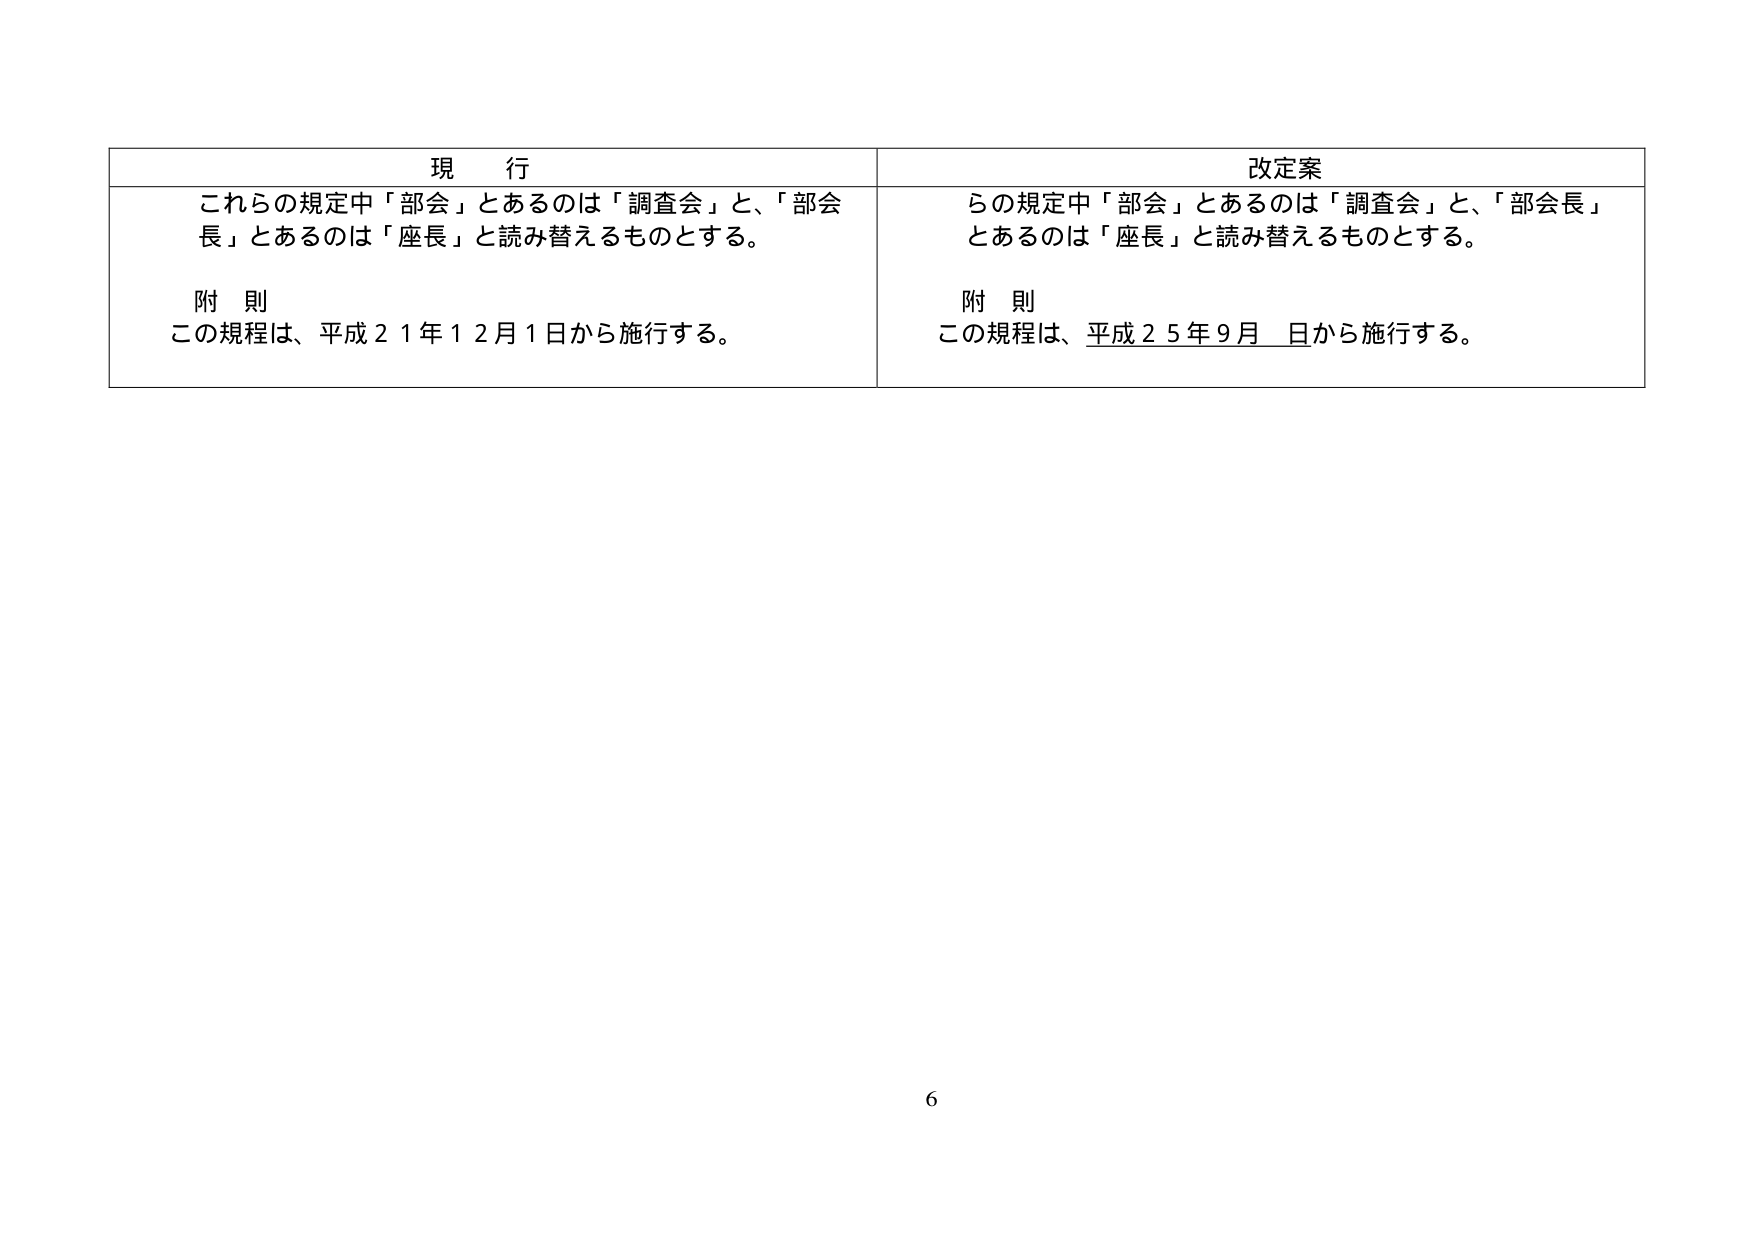
現 行
これらの規定中「部会」とあるのは「調査会」と、「部会長」とあるのは「座長」と読み替えるものとする。
附 則
この規程は、平成２１年１２月１日から施行する。

改定案
らの規定中「部会」とあるのは「調査会」と、「部会長」とあるのは「座長」と読み替えるものとする。
附 則
この規程は、平成２５年９月　日から施行する。

6